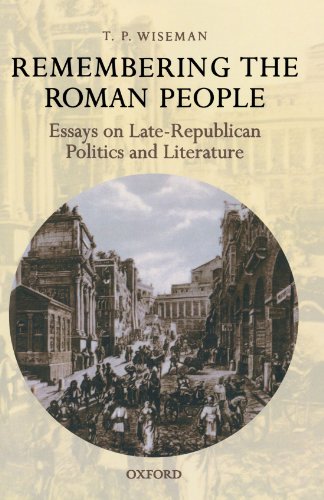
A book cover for Remembering the Roman People: Essays on Late-Republican Politics and Literature; T. P. Wiseman; Literature & Fiction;